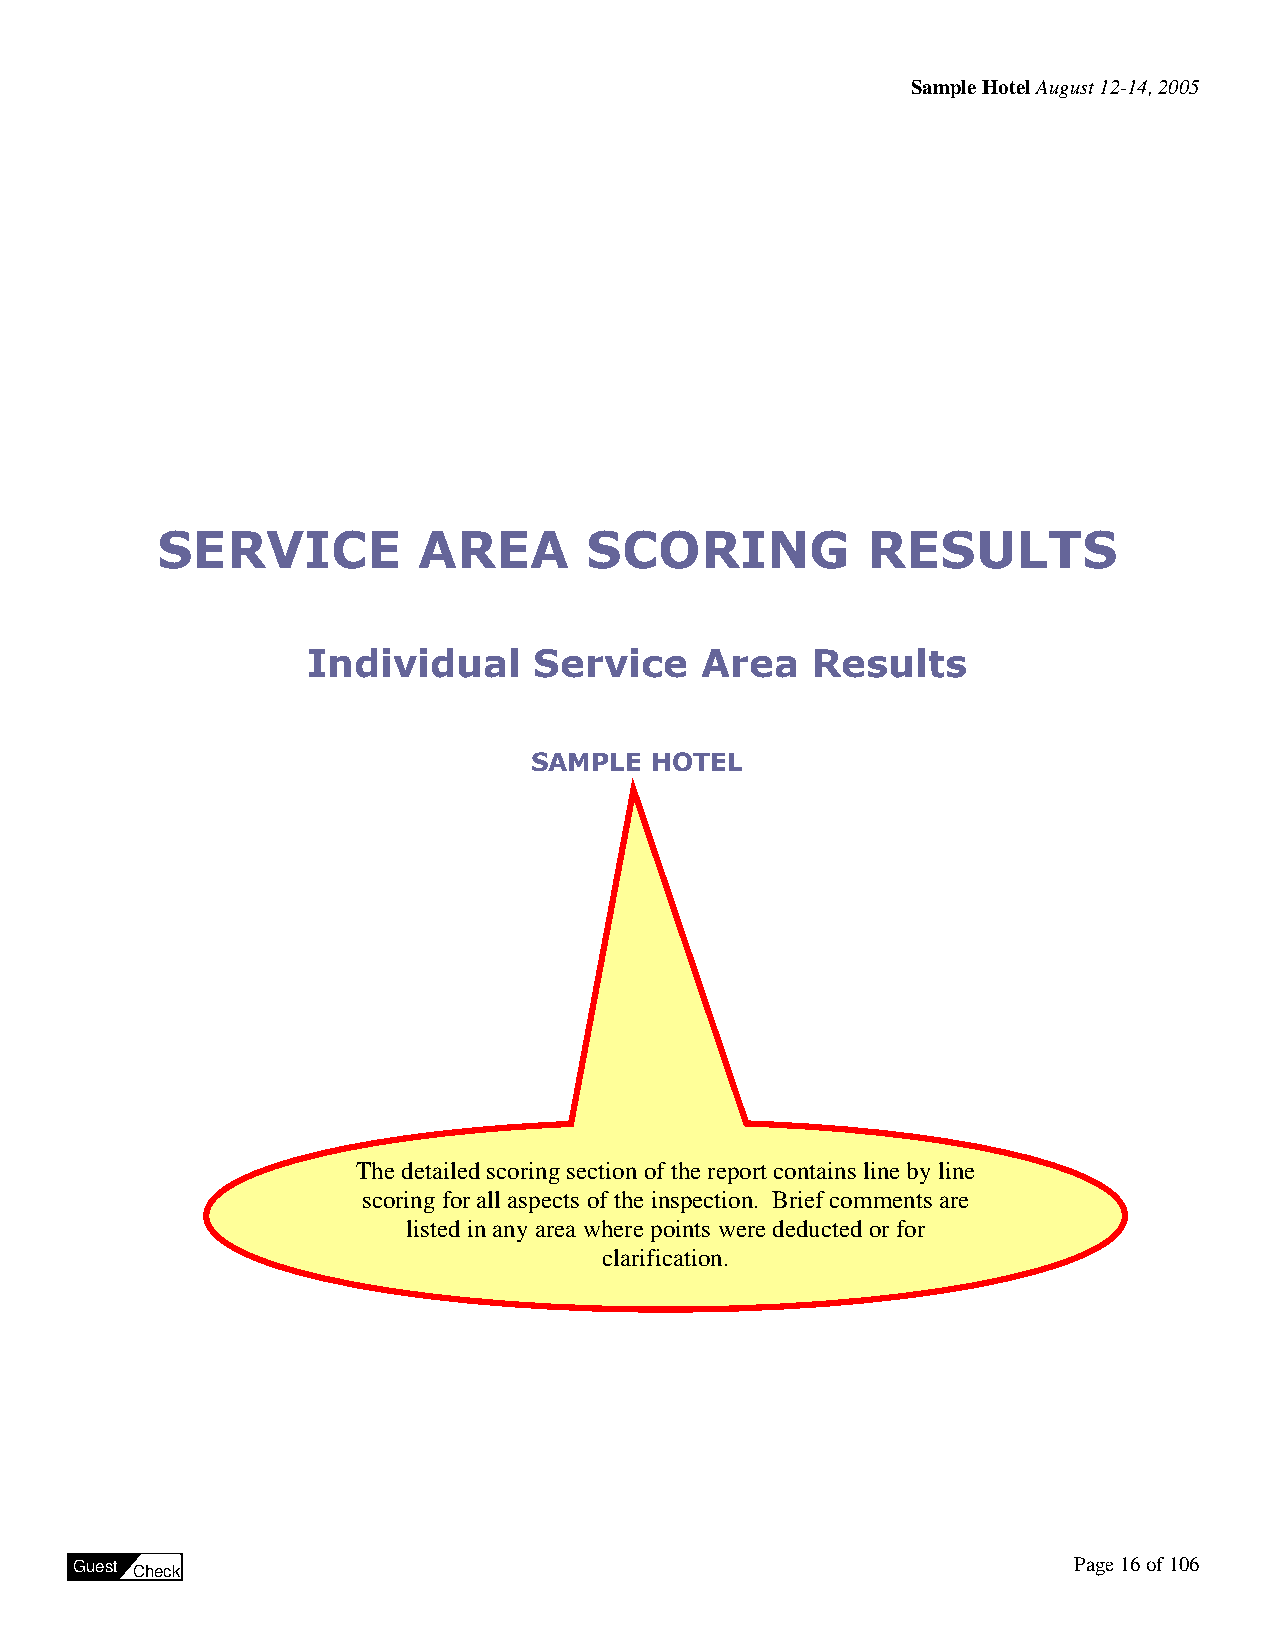
Sample Hotel August 12-14, 2005
 SERVICE           AREA       SCORING           RESULTS
 Individual     Service    Area    Results
 SAMPLE  HOTEL
 The detailed scoring section of the report contains line by line
 scoring for all aspects of the inspection. Brief comments are
 listed in any area where points were deducted or for
 clarification.
 Guest Check                                                       Page 16 of 106